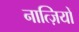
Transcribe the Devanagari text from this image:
नात्ज़ियों